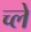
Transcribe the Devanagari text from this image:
च्ले